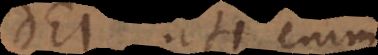
Dei, uti enim